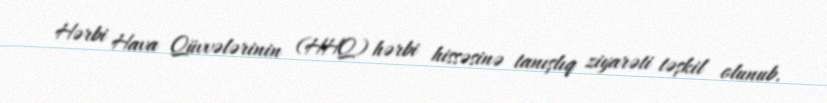
Hərbi Hava Qüvvələrinin (HHQ) hərbi hissəsinə tanışlıq ziyarəti təşkil olunub.